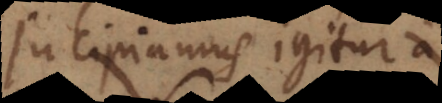
Incipiamus igitur a